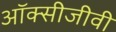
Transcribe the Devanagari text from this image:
ऑक्सीजीवी